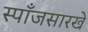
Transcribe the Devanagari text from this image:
स्पाँजसारखे